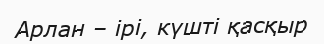
Арлан – ірі, күшті қасқыр